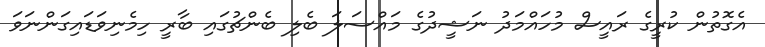
އެގޮތުން ކުރީގެ ރައީސް މުހައްމަދު ނަޝީދުގެ މައްސަލަ ބެލި ބެންޗުގައި ބާރީ ހިމެނިވަޑައިގަންނަވަ